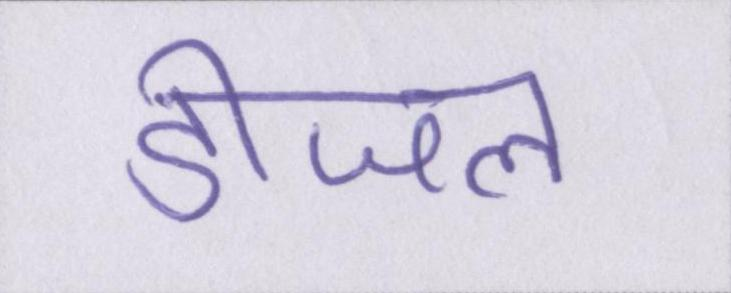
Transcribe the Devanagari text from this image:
डीजल